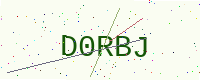
Text: D0RBJ